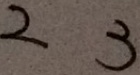
2 3